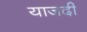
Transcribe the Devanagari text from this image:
याजदी